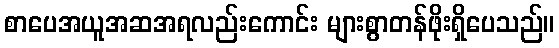
စာပေအယူအဆအရလည်းကောင်း များစွာတန်ဖိုးရှိပေသည်။